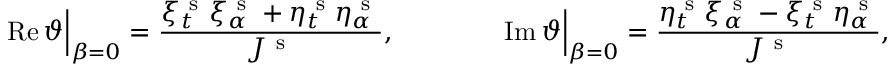
\operatorname { R e } \vartheta \Big \vert _ { \beta = 0 } = \frac { \xi _ { t } ^ { \mathrm { ~ s ~ } } \xi _ { \alpha } ^ { \mathrm { ~ s ~ } } + \eta _ { t } ^ { \mathrm { ~ s ~ } } \eta _ { \alpha } ^ { \mathrm { ~ s ~ } } } { J ^ { \mathrm { ~ s ~ } } } , \qquad \qquad \operatorname { I m } \vartheta \Big \vert _ { \beta = 0 } = \frac { \eta _ { t } ^ { \mathrm { ~ s ~ } } \xi _ { \alpha } ^ { \mathrm { ~ s ~ } } - \xi _ { t } ^ { \mathrm { ~ s ~ } } \eta _ { \alpha } ^ { \mathrm { ~ s ~ } } } { J ^ { \mathrm { ~ s ~ } } } ,